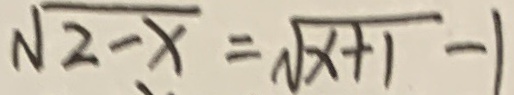
\sqrt { 2 - x } = \sqrt { x + 1 } - 1